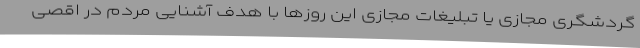
گردشگری مجازی یا تبلیغات مجازی این روزها با هدف آشنایی مردم در اقصی